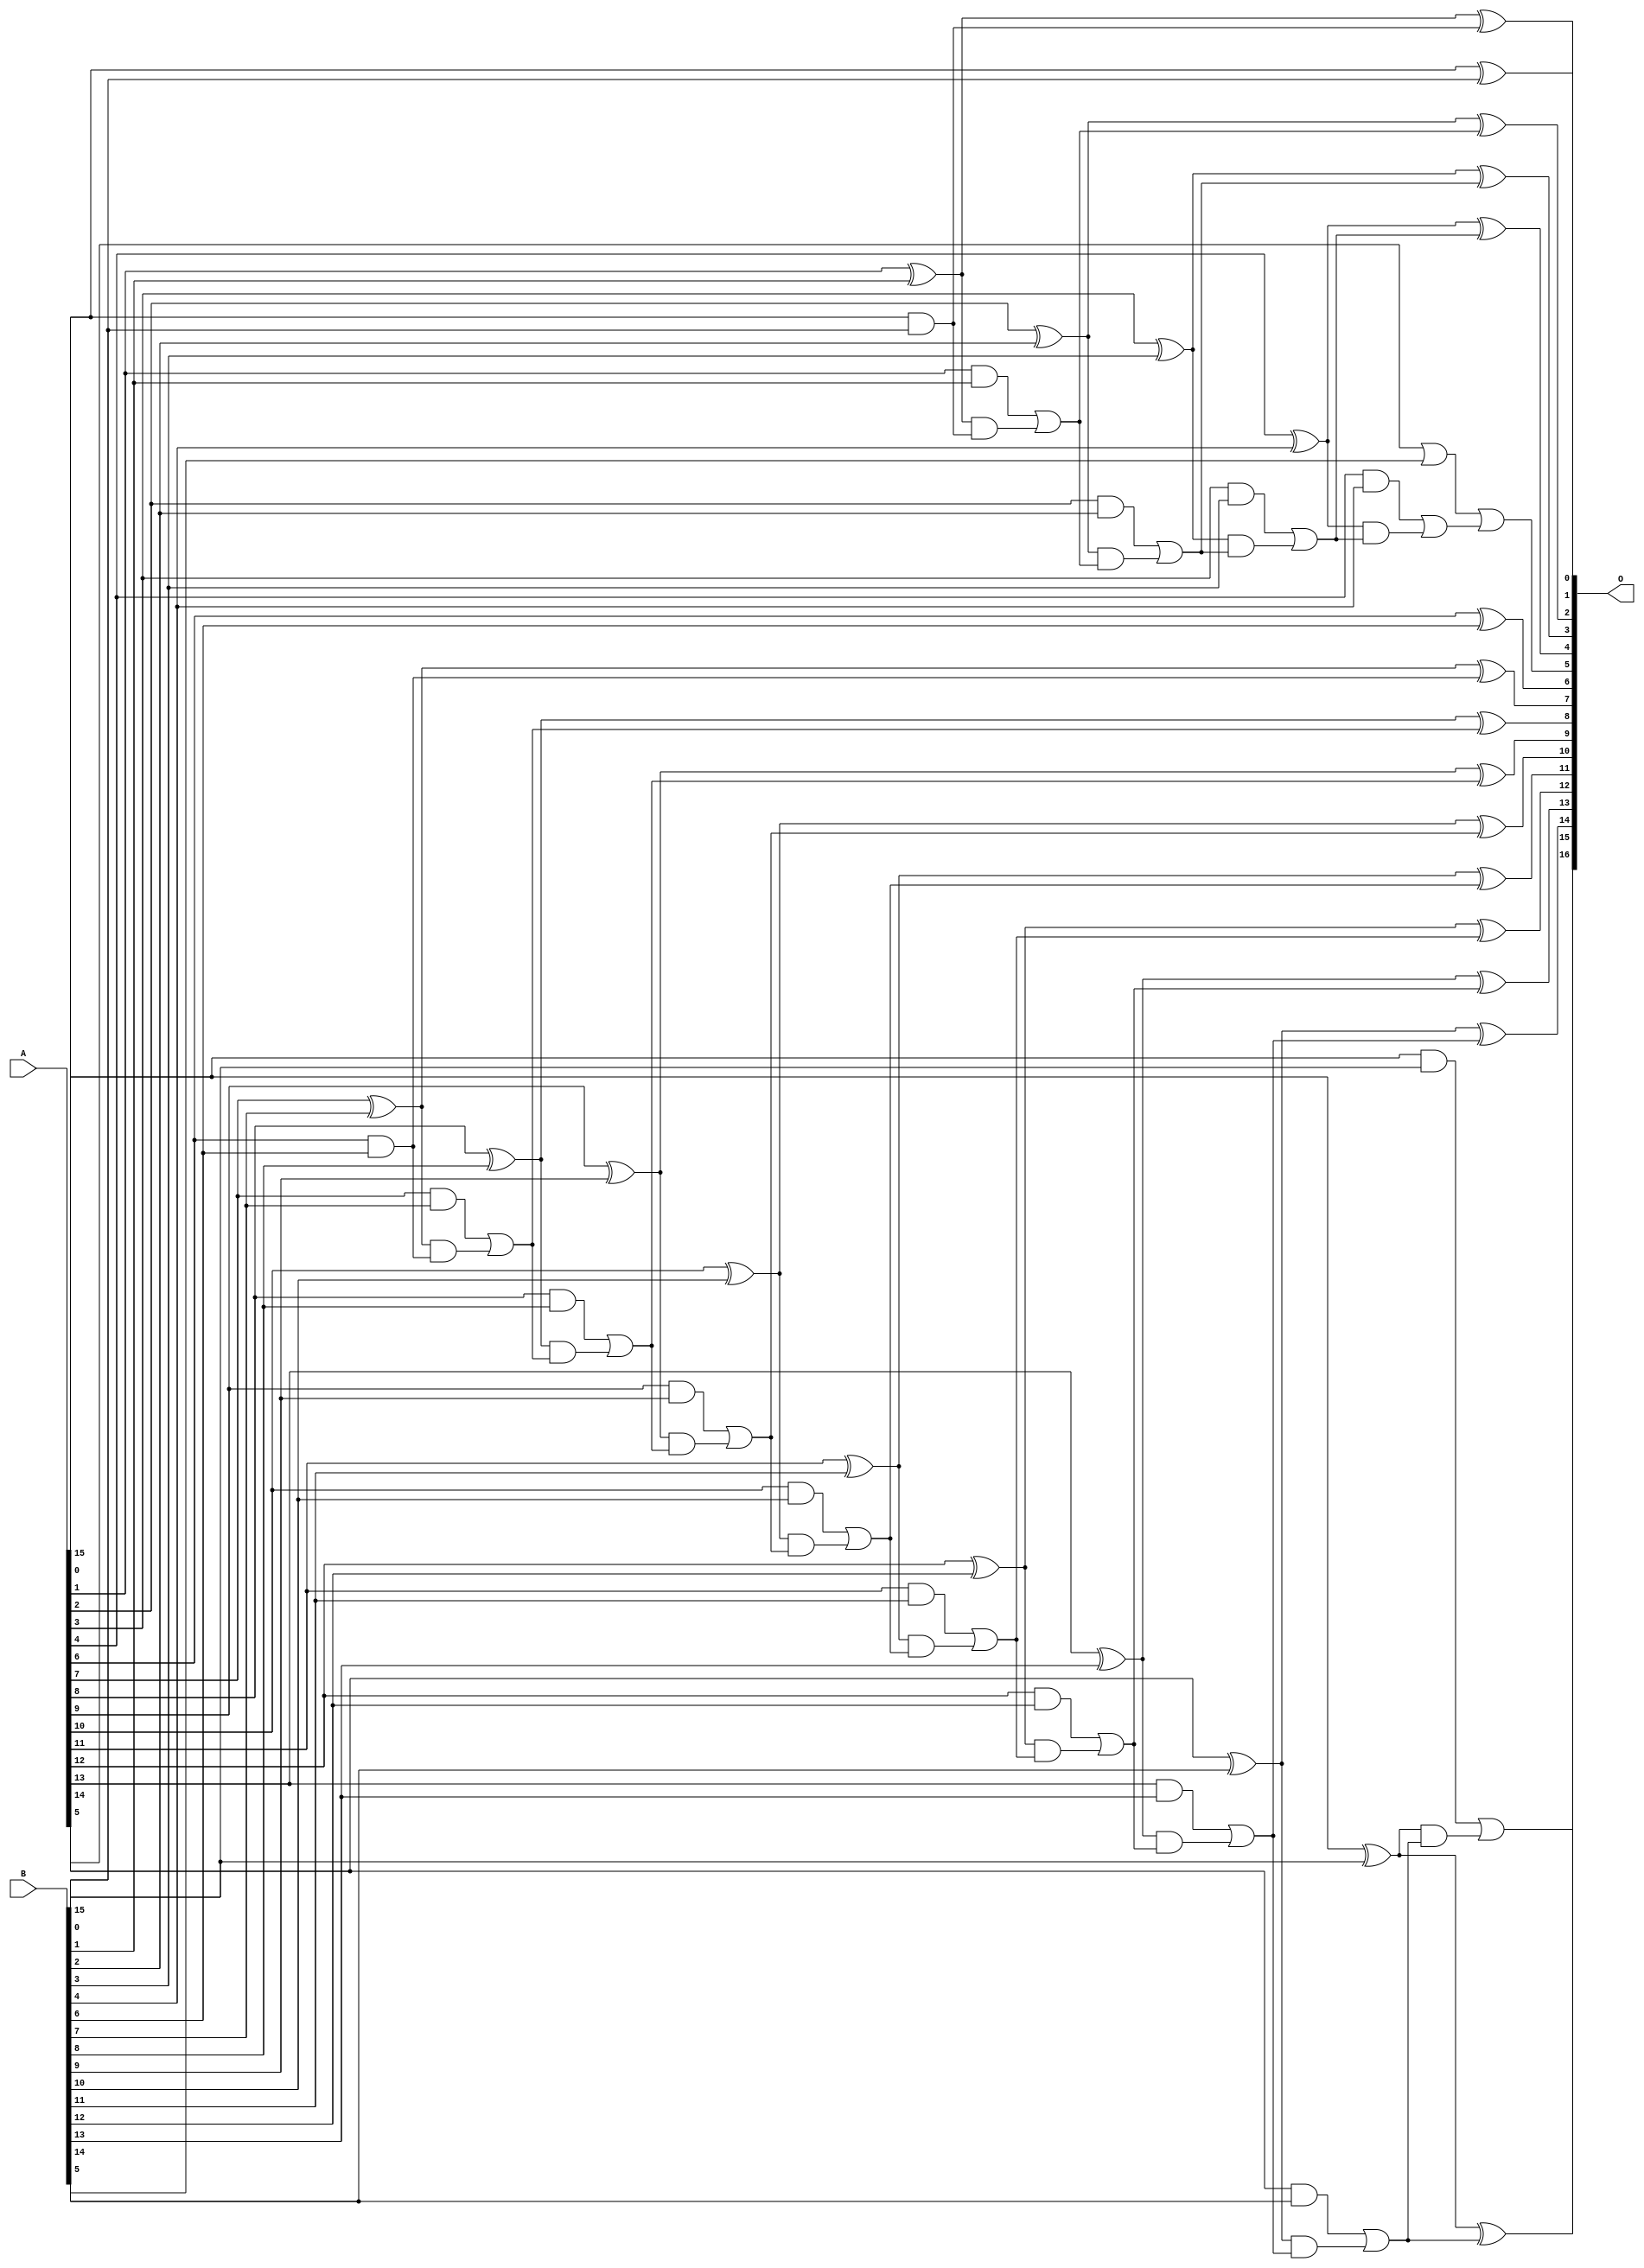
/***
* This code is a part of EvoApproxLib library (ehw.fit.vutbr.cz/approxlib) distributed under The MIT License.
* When used, please cite the following article(s): V. Mrazek, L. Sekanina, Z. Vasicek "Libraries of Approximate Circuits: Automated Design and Application in CNN Accelerators" IEEE Journal on Emerging and Selected Topics in Circuits and Systems, Vol 10, No 4, 2020 
* This file contains a circuit from a sub-set of pareto optimal circuits with respect to the pwr and ep parameters
***/
// MAE% = 0.015 %
// MAE = 20 
// WCE% = 0.049 %
// WCE = 64 
// WCRE% = 66.67 %
// EP% = 49.22 %
// MRE% = 0.041 %
// MSE = 876 
// PDK45_PWR = 0.062 mW
// PDK45_AREA = 136.1 um2
// PDK45_DELAY = 0.79 ns


module add16u_1MB(A, B, O);
  input [15:0] A, B;
  output [16:0] O;
  wire sig_33, sig_34, sig_35, sig_36, sig_38, sig_39;
  wire sig_40, sig_41, sig_43, sig_44, sig_45, sig_46;
  wire sig_48, sig_49, sig_50, sig_51, sig_53, sig_54;
  wire sig_60, sig_63, sig_64, sig_65, sig_66, sig_68;
  wire sig_69, sig_70, sig_71, sig_73, sig_74, sig_75;
  wire sig_76, sig_78, sig_79, sig_80, sig_81, sig_83;
  wire sig_84, sig_85, sig_86, sig_88, sig_89, sig_90;
  wire sig_91, sig_93, sig_94, sig_95, sig_96, sig_98;
  wire sig_99, sig_100, sig_101, sig_103, sig_104, sig_105;
  wire sig_106;
  assign O[0] = A[0] ^ B[0];
  assign sig_33 = A[0] & B[0];
  assign sig_34 = A[1] ^ B[1];
  assign sig_35 = A[1] & B[1];
  assign sig_36 = sig_34 & sig_33;
  assign O[1] = sig_34 ^ sig_33;
  assign sig_38 = sig_35 | sig_36;
  assign sig_39 = A[2] ^ B[2];
  assign sig_40 = A[2] & B[2];
  assign sig_41 = sig_39 & sig_38;
  assign O[2] = sig_39 ^ sig_38;
  assign sig_43 = sig_40 | sig_41;
  assign sig_44 = A[3] ^ B[3];
  assign sig_45 = A[3] & B[3];
  assign sig_46 = sig_44 & sig_43;
  assign O[3] = sig_44 ^ sig_43;
  assign sig_48 = sig_45 | sig_46;
  assign sig_49 = A[4] ^ B[4];
  assign sig_50 = A[4] & B[4];
  assign sig_51 = sig_49 & sig_48;
  assign O[4] = sig_49 ^ sig_48;
  assign sig_53 = sig_50 | sig_51;
  assign sig_54 = A[5] | B[5];
  assign O[5] = sig_54 | sig_53;
  assign O[6] = A[6] ^ B[6];
  assign sig_60 = A[6] & B[6];
  assign sig_63 = sig_60;
  assign sig_64 = A[7] ^ B[7];
  assign sig_65 = A[7] & B[7];
  assign sig_66 = sig_64 & sig_63;
  assign O[7] = sig_64 ^ sig_63;
  assign sig_68 = sig_65 | sig_66;
  assign sig_69 = A[8] ^ B[8];
  assign sig_70 = A[8] & B[8];
  assign sig_71 = sig_69 & sig_68;
  assign O[8] = sig_69 ^ sig_68;
  assign sig_73 = sig_70 | sig_71;
  assign sig_74 = A[9] ^ B[9];
  assign sig_75 = A[9] & B[9];
  assign sig_76 = sig_74 & sig_73;
  assign O[9] = sig_74 ^ sig_73;
  assign sig_78 = sig_75 | sig_76;
  assign sig_79 = A[10] ^ B[10];
  assign sig_80 = A[10] & B[10];
  assign sig_81 = sig_79 & sig_78;
  assign O[10] = sig_79 ^ sig_78;
  assign sig_83 = sig_80 | sig_81;
  assign sig_84 = A[11] ^ B[11];
  assign sig_85 = A[11] & B[11];
  assign sig_86 = sig_84 & sig_83;
  assign O[11] = sig_84 ^ sig_83;
  assign sig_88 = sig_85 | sig_86;
  assign sig_89 = A[12] ^ B[12];
  assign sig_90 = A[12] & B[12];
  assign sig_91 = sig_89 & sig_88;
  assign O[12] = sig_89 ^ sig_88;
  assign sig_93 = sig_90 | sig_91;
  assign sig_94 = A[13] ^ B[13];
  assign sig_95 = A[13] & B[13];
  assign sig_96 = sig_94 & sig_93;
  assign O[13] = sig_94 ^ sig_93;
  assign sig_98 = sig_95 | sig_96;
  assign sig_99 = A[14] ^ B[14];
  assign sig_100 = A[14] & B[14];
  assign sig_101 = sig_99 & sig_98;
  assign O[14] = sig_99 ^ sig_98;
  assign sig_103 = sig_100 | sig_101;
  assign sig_104 = A[15] ^ B[15];
  assign sig_105 = A[15] & B[15];
  assign sig_106 = sig_104 & sig_103;
  assign O[15] = sig_104 ^ sig_103;
  assign O[16] = sig_105 | sig_106;
endmodule